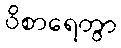
ဝိစာရေတွာ